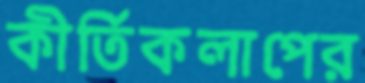
কীর্তিকলাপের